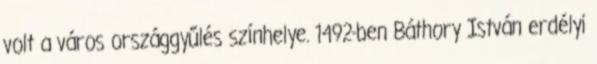
volt a város országgyűlés színhelye. 1492-ben Báthory István erdélyi